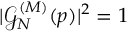
| \mathcal { G } _ { N } ^ { ( M ) } ( p ) | ^ { 2 } = 1